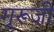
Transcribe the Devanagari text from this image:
गूरूजी